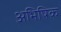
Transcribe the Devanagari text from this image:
अभिषिक